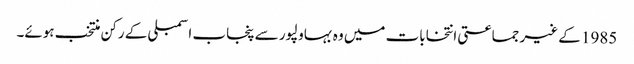
1985 کے غیر جماعتی انتخابات میں وہ بہاولپور سے پنجاب اسمبلی کے رکن منتخب ہوئے۔